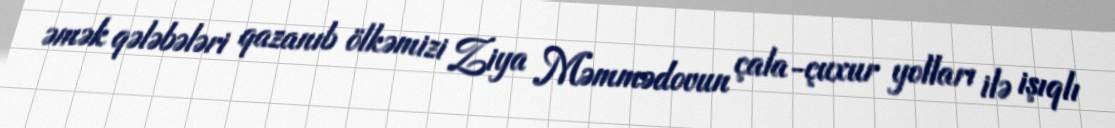
əmək qələbələri qazanıb ölkəmizi Ziya Məmmədovun çala-çuxur yolları ilə işıqlı